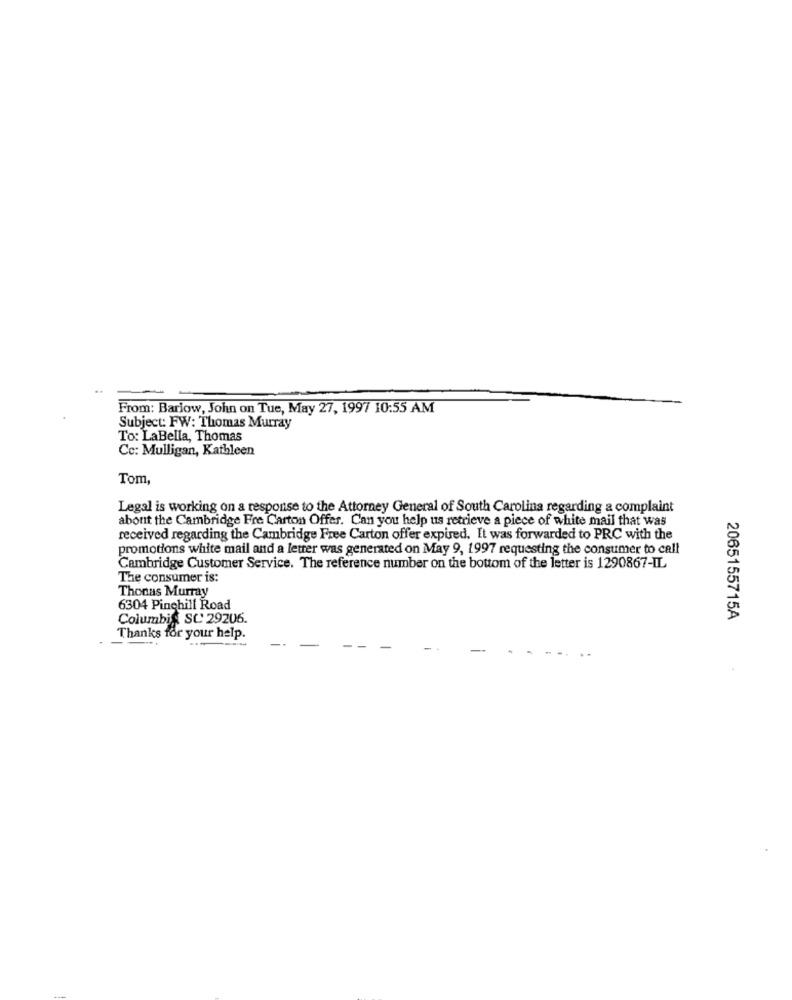
From: Barlow, John on Tue, May 27, 1997 10:55 AM
Subject: FW: Thomas Murray
To: LaBella, Thomas
Cc: Mulligan, Kathleen
Tom,
Legal is working on a response to the Attorney General of South Carolina regarding a complaint
about the Cambridge Fre Carton Offer. Can you help us retrieve a piece of white mail that was
received regarding the Cambridge Free Carton offer expired. It was forwarded to PRC with the
promotions white mail and a letter was generated on May 9, 1997 requesting the consumer to call
Cambridge Customer Service. The reference number on the bottom of the letter is 1290867-IL
The consumer is:
Thomas Murray
6304 Pinehill Road
Columbif SC 29206
2065155715A
Thanks for your help.